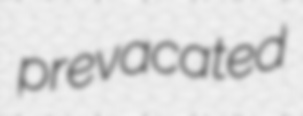
prevacated